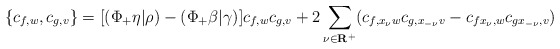
\begin{align*}\{c_{f,w}, c_{g,v}\}=[(\Phi_+\eta|\rho)-(\Phi_+\beta|\gamma)]c_{f,w} c_{g,v}+2\sum_{\nu\in\bf R^+} (c_{f,x_\nu w}c_{g,x_{-\nu}v}-c_{fx_\nu,w}c_{gx_{-\nu},v})\end{align*}